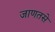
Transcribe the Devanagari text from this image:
जाणतसे